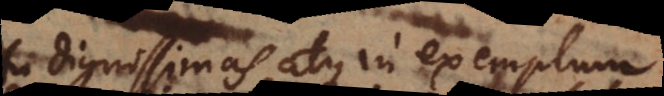
dignissimas, atque in exemplum